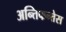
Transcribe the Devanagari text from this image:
अन्तिफन्तेस